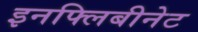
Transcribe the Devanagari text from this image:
इनफ्लिबीनेट